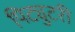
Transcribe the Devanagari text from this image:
पिट्युटरी